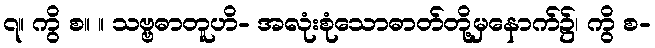
၇။ ကွိ စ။ ။ သဗ္ဗဓာတူဟိ- အလုံးစုံသောဓာတ်တို့မှနောက်၌၊ ကွိ စ-